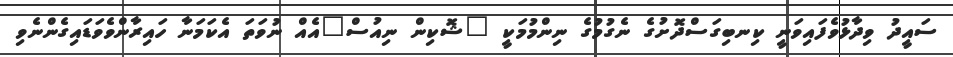
ސައީދު ވިދާޅުވެފައިވަނީ ކިނބިގަސްދޮށުގެ ނެގުމުގެ ނިންމުމަކީ "ޝޮކިން ނިއުސް"އެއް ނުވަތަ އެކަމަނާ ހައިރާންވެވަޑައިގެންނެވި